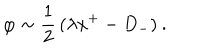
\: \varphi \sim \frac { 1 } { 2 } \, ( \lambda x ^ { + } - D _ { - } ) \: .